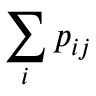
\sum _ { i } p _ { i j }